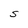
Character: S